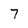
Character: 7